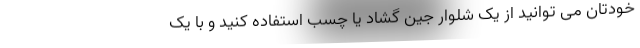
خودتان می توانید از یک شلوار جین گشاد یا چسب استفاده کنید و با یک